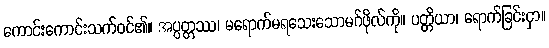
ကောင်းကောင်းသက်ဝင်၏။ အပ္ပတ္တဿ၊ မရောက်မရသေးသောမဂ်ဖိုလ်ကို။ ပတ္တိယာ၊ ရောက်ခြင်းငှာ။